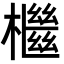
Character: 檵